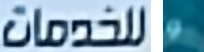
للخدمات و